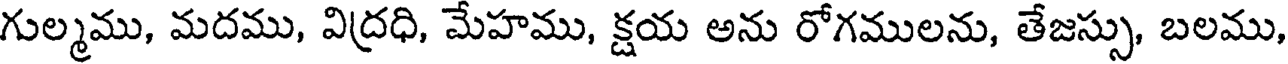
గుల్మము, మదము, విద్రధి, మేహము, క్షయ అను రోగములను, తేజస్సు, బలము,